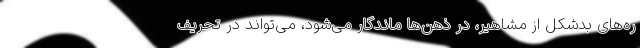
ره‌های بدشکل از مشاهیر، در ذهن‌ها ماندگار می‌شود، می‌تواند در تحریف